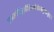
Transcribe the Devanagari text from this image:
प्राग्ज्योतिड्ढलौहित्यक्षीरोदसमुद्रपरुड्ढादाः।